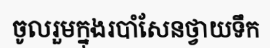
ចូលរួមក្នុងរបាំសែនថ្វាយទឹក